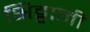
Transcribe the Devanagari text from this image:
भिट्टानी